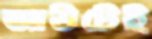
আউটেই